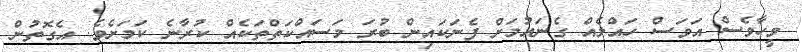
ވީހާވެސް އަވަސް ހައްލެއް ގެނައުމަށް ފެނަކައިން ބުރަ މަސައްކަތްތަކެއް ކުރާނެ ކަމަށެވެ. އެގޮތުން